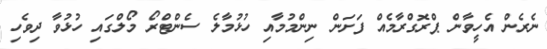
ނެރެން އެހީވާން ޕްރޮގްރާމެއް ފަށަން ނިންމުމާއި ހުޅުމާލެ ސެންޓްރޯ މޯލްގައި ހުޅުވާ ދިވެހި